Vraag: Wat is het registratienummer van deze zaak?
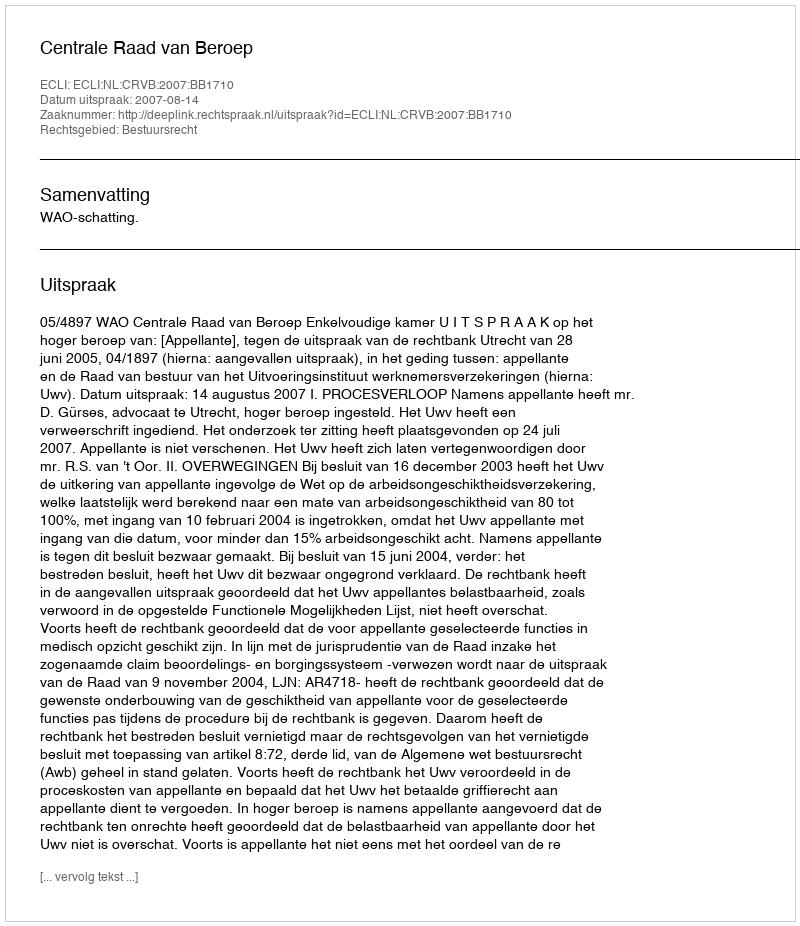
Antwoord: http://deeplink.rechtspraak.nl/uitspraak?id=ECLI:NL:CRVB:2007:BB1710